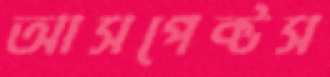
আসপেক্টস